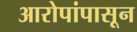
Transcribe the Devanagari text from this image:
आरोपांपासून